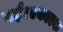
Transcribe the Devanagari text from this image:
गई।एकाएक